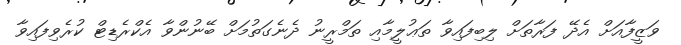
ވަޒީފާއަށް އެދޭ ފަރާތަށް ލިބިފައިވާ ތަޢުލީމާއި ތަމްރީނު ދެނެގަތުމަށް ބޭނުންވާ އެކްރެޑިޓް ކުރެވިފައިވާ